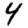
Digit: 4